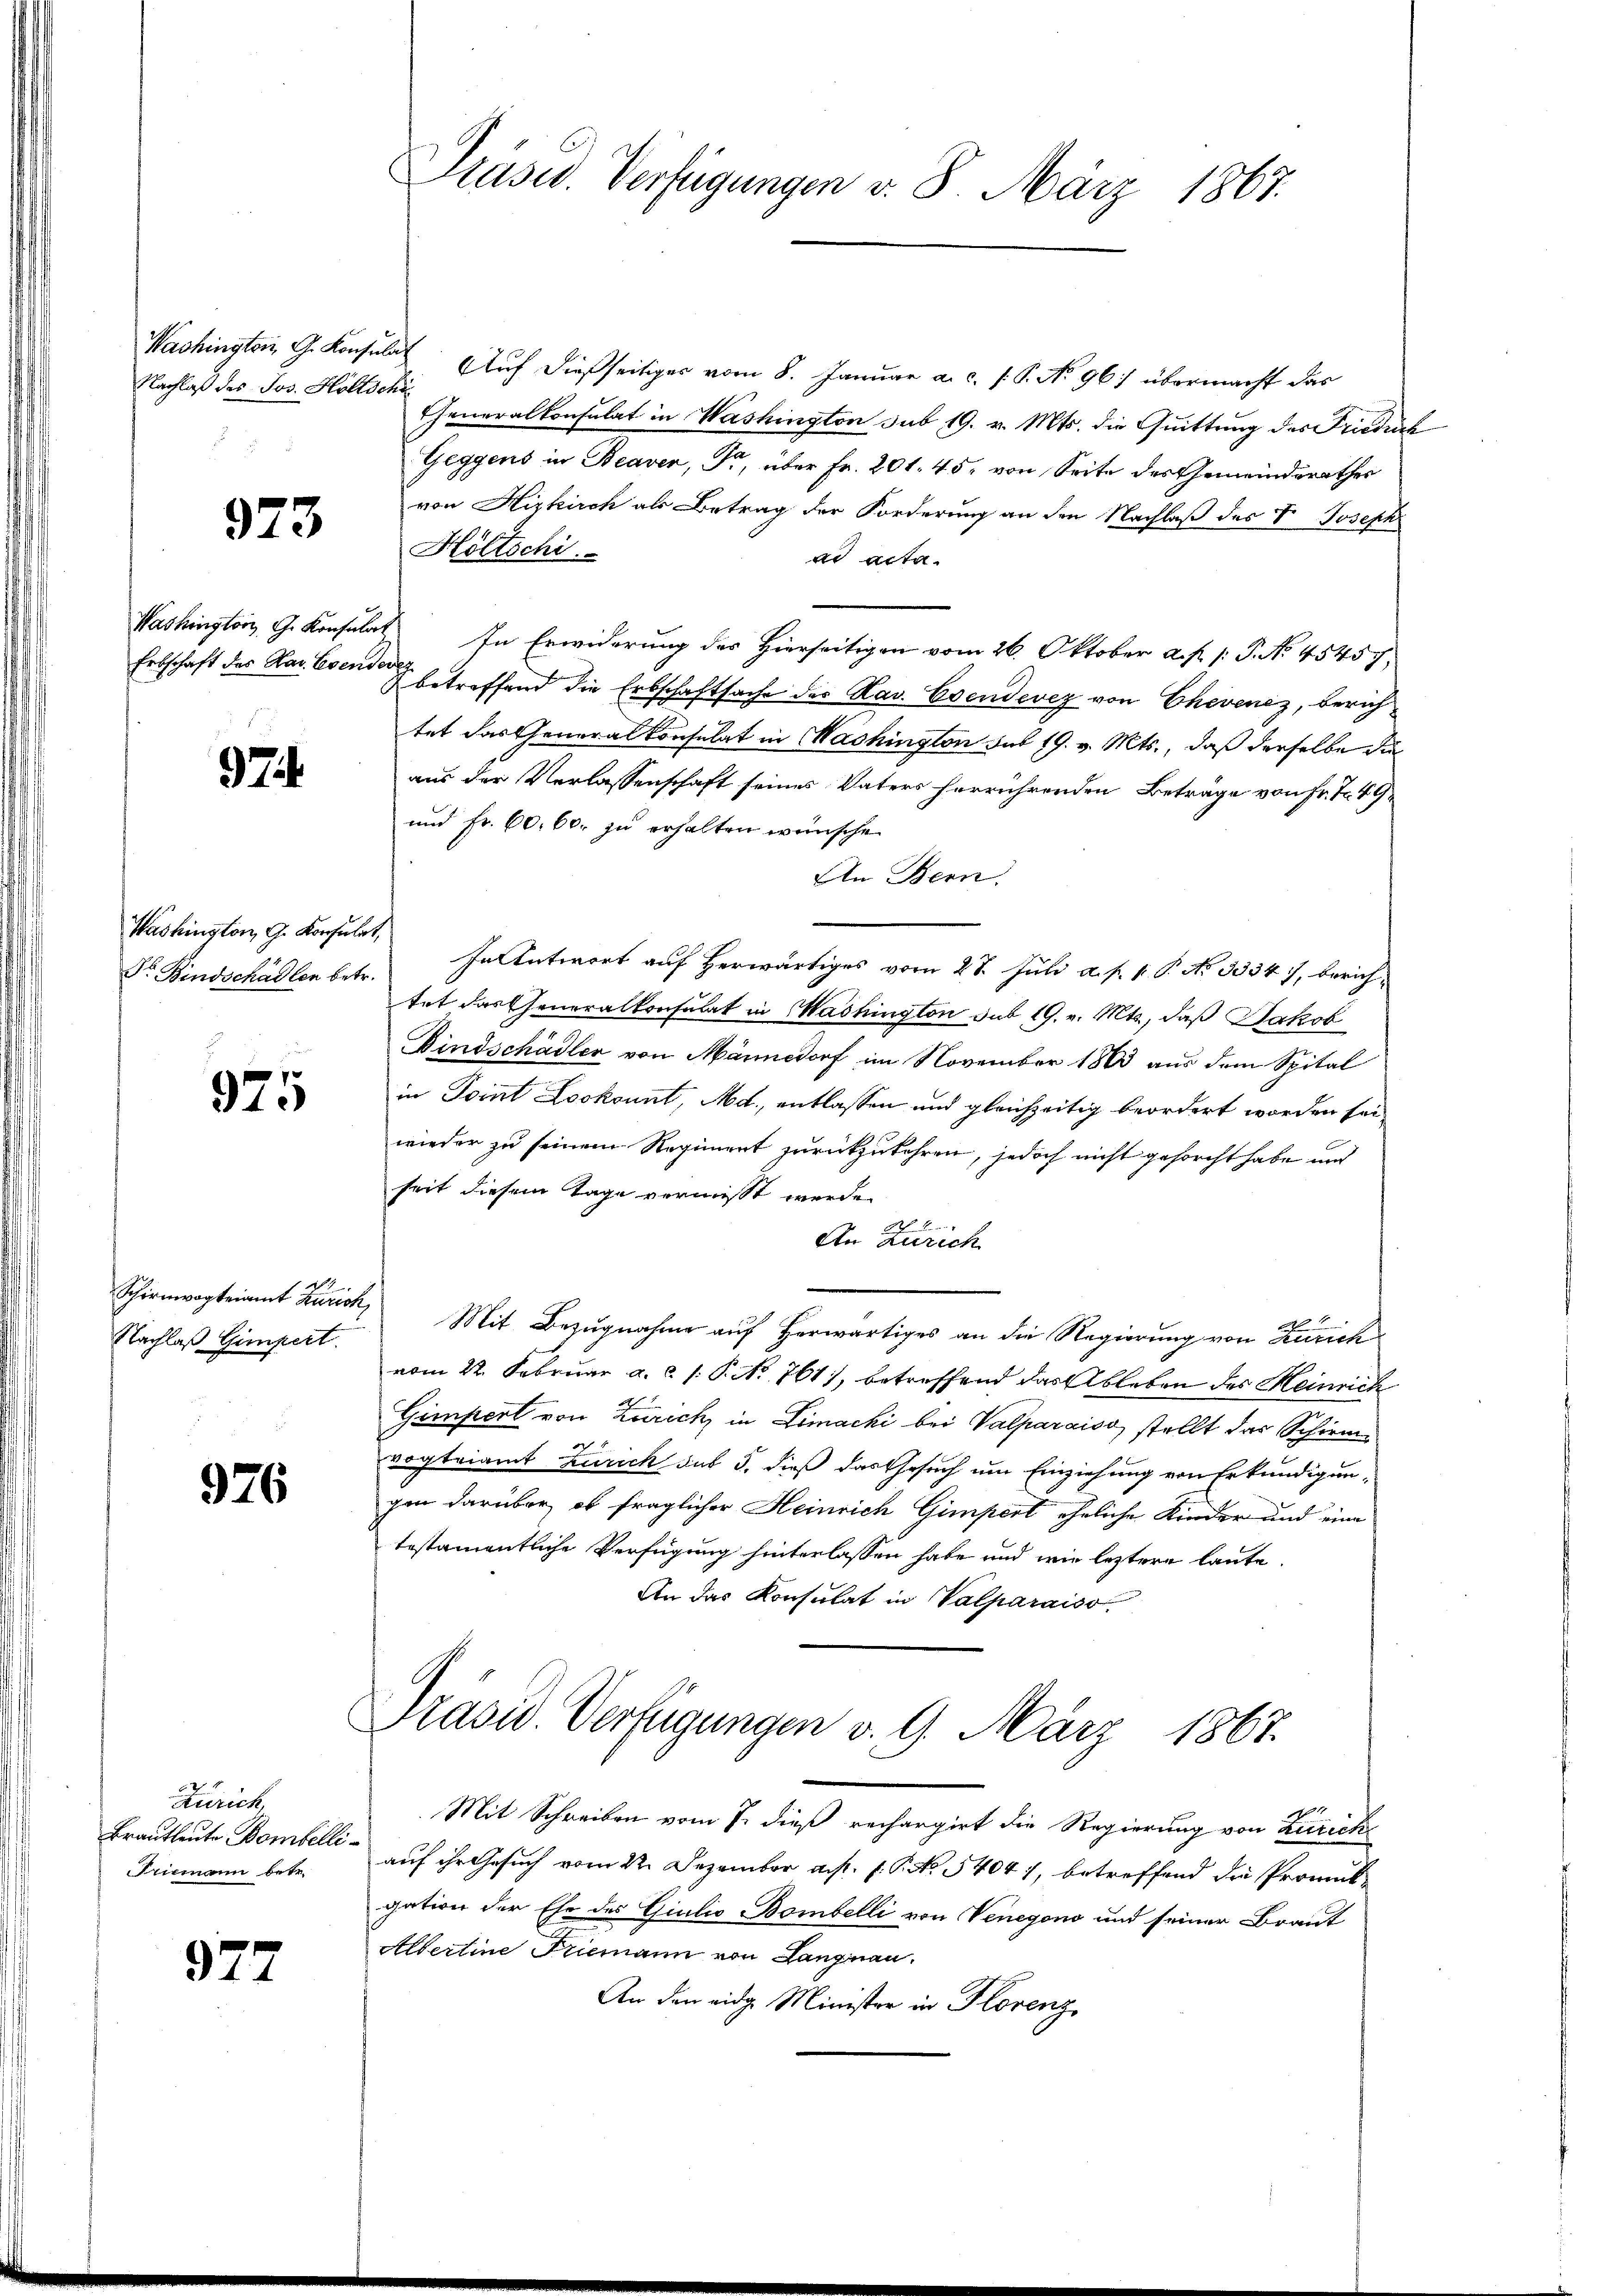
Nachlaß des Jos. Holtschi

973

Erbschaft des Mar. Evendever

974.

Washington G. Konsulat,
Dr. Bindschädler betr.

925

Nachlaß Gimpert.

976

Zürich,
Brautleute Bombelli
riemann betr.

977

Prüsed. Verfügungen v. 8. März 1867.

Washington G. Konsulat Auf dießseitiger vom 8. Januar a. c. s. S. No 967 übermacht das
Cheneralkonsulat in Washington sub 19. v. Mts. die Quittung des Friedik
Geggens in Beaven, Fr, über Fr. 201. 45, von Seite des Gemeinderathes
von Hizkirch als Betrag der Forderung an den Nachlaß des V. Joseph
Höltschi
ad acta.
Washington G. Konsulat In Erwiderung des Hierseitigen vom 26. Oktober a. p. 1. P. No. 45457,
& betreffend die Erbschaftsache der Kav. Evendevez von Ehevenez, berichtet das Generalkonsulat in Machington aus 19. v. Mts., daß derselbe die
aus der Verlassenschaft seines Vaters herrührenden Beträge von Fr. T. 49
und Fr. 60. 60. zu erhalten wünsche
An Bern.
In Antwort auf Herwärtiges vom 27. Juli a. p. 1. P. No 3334), berichtet das Generalkonsulat in Washington sub 19. v. Mts., daß Jakob
Bindschädler von Männedorf im November 1803 aus dem Spital
in Point Lookonnt, Md., entlassen und gleichzeitig beordert worden sei,
wieder zu seinem Regiment zurückzukehren, jedoch nicht gesorcht habe und
seit diesem Tage vermisst werde.
An Zürich
Schirmvogteiamt Zurick, Mit Bezugnahme auf herwärtiges an die Regierung von Zürich
vom 22. Februar a. c. s. P. No. 761), betreffend das Ableben des Heinrich
Gimpert von Zürich in Limachi bei Valparaiss, stellt das Schirmvogteiamt Zürich das 5, dieß das Gesuch um Einziehung von Erkundigungen darüber, ob fraglicher Heinrich Gimpert eheliche Kinder und eine
testamentliche Verfügung hinterlassen habe und wie leztere laute.
An das Konsulat in Valparaiso

Präsid. Verfügungen v. 9. März 1867.

Mit Schreiben vom 7. dieß rechargirt die Regierung von Zürich
auf ihr Gesuch vom 22. Dezember a. s. f. P. No. 5404), betreffend die Promulgation der Ehe des Giulio Bombelli von Venegono und seiner Braut
Albertine Friemann von Langnau.
An den eidg. Minister in Horenz